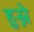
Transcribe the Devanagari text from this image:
हुस्ने